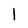
Character: l